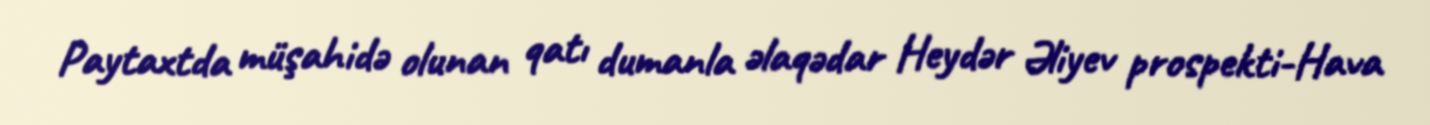
Paytaxtda müşahidə olunan qatı dumanla əlaqədar Heydər Əliyev prospekti-Hava